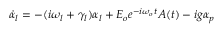
\dot { \alpha } _ { l } = - ( i \omega _ { l } + \gamma _ { l } ) \alpha _ { l } + E _ { o } e ^ { - i \omega _ { o } t } A ( t ) - i g \alpha _ { p }